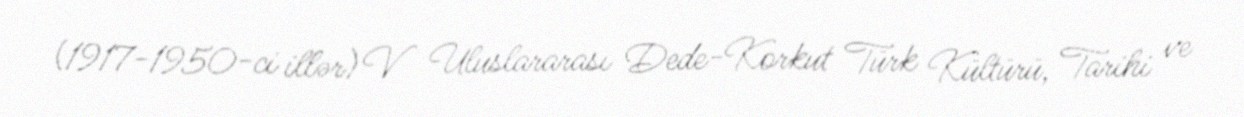
(1917-1950-ci illər) V Uluslararası Dede-Korkut Türk Kültürü, Tarihi ve